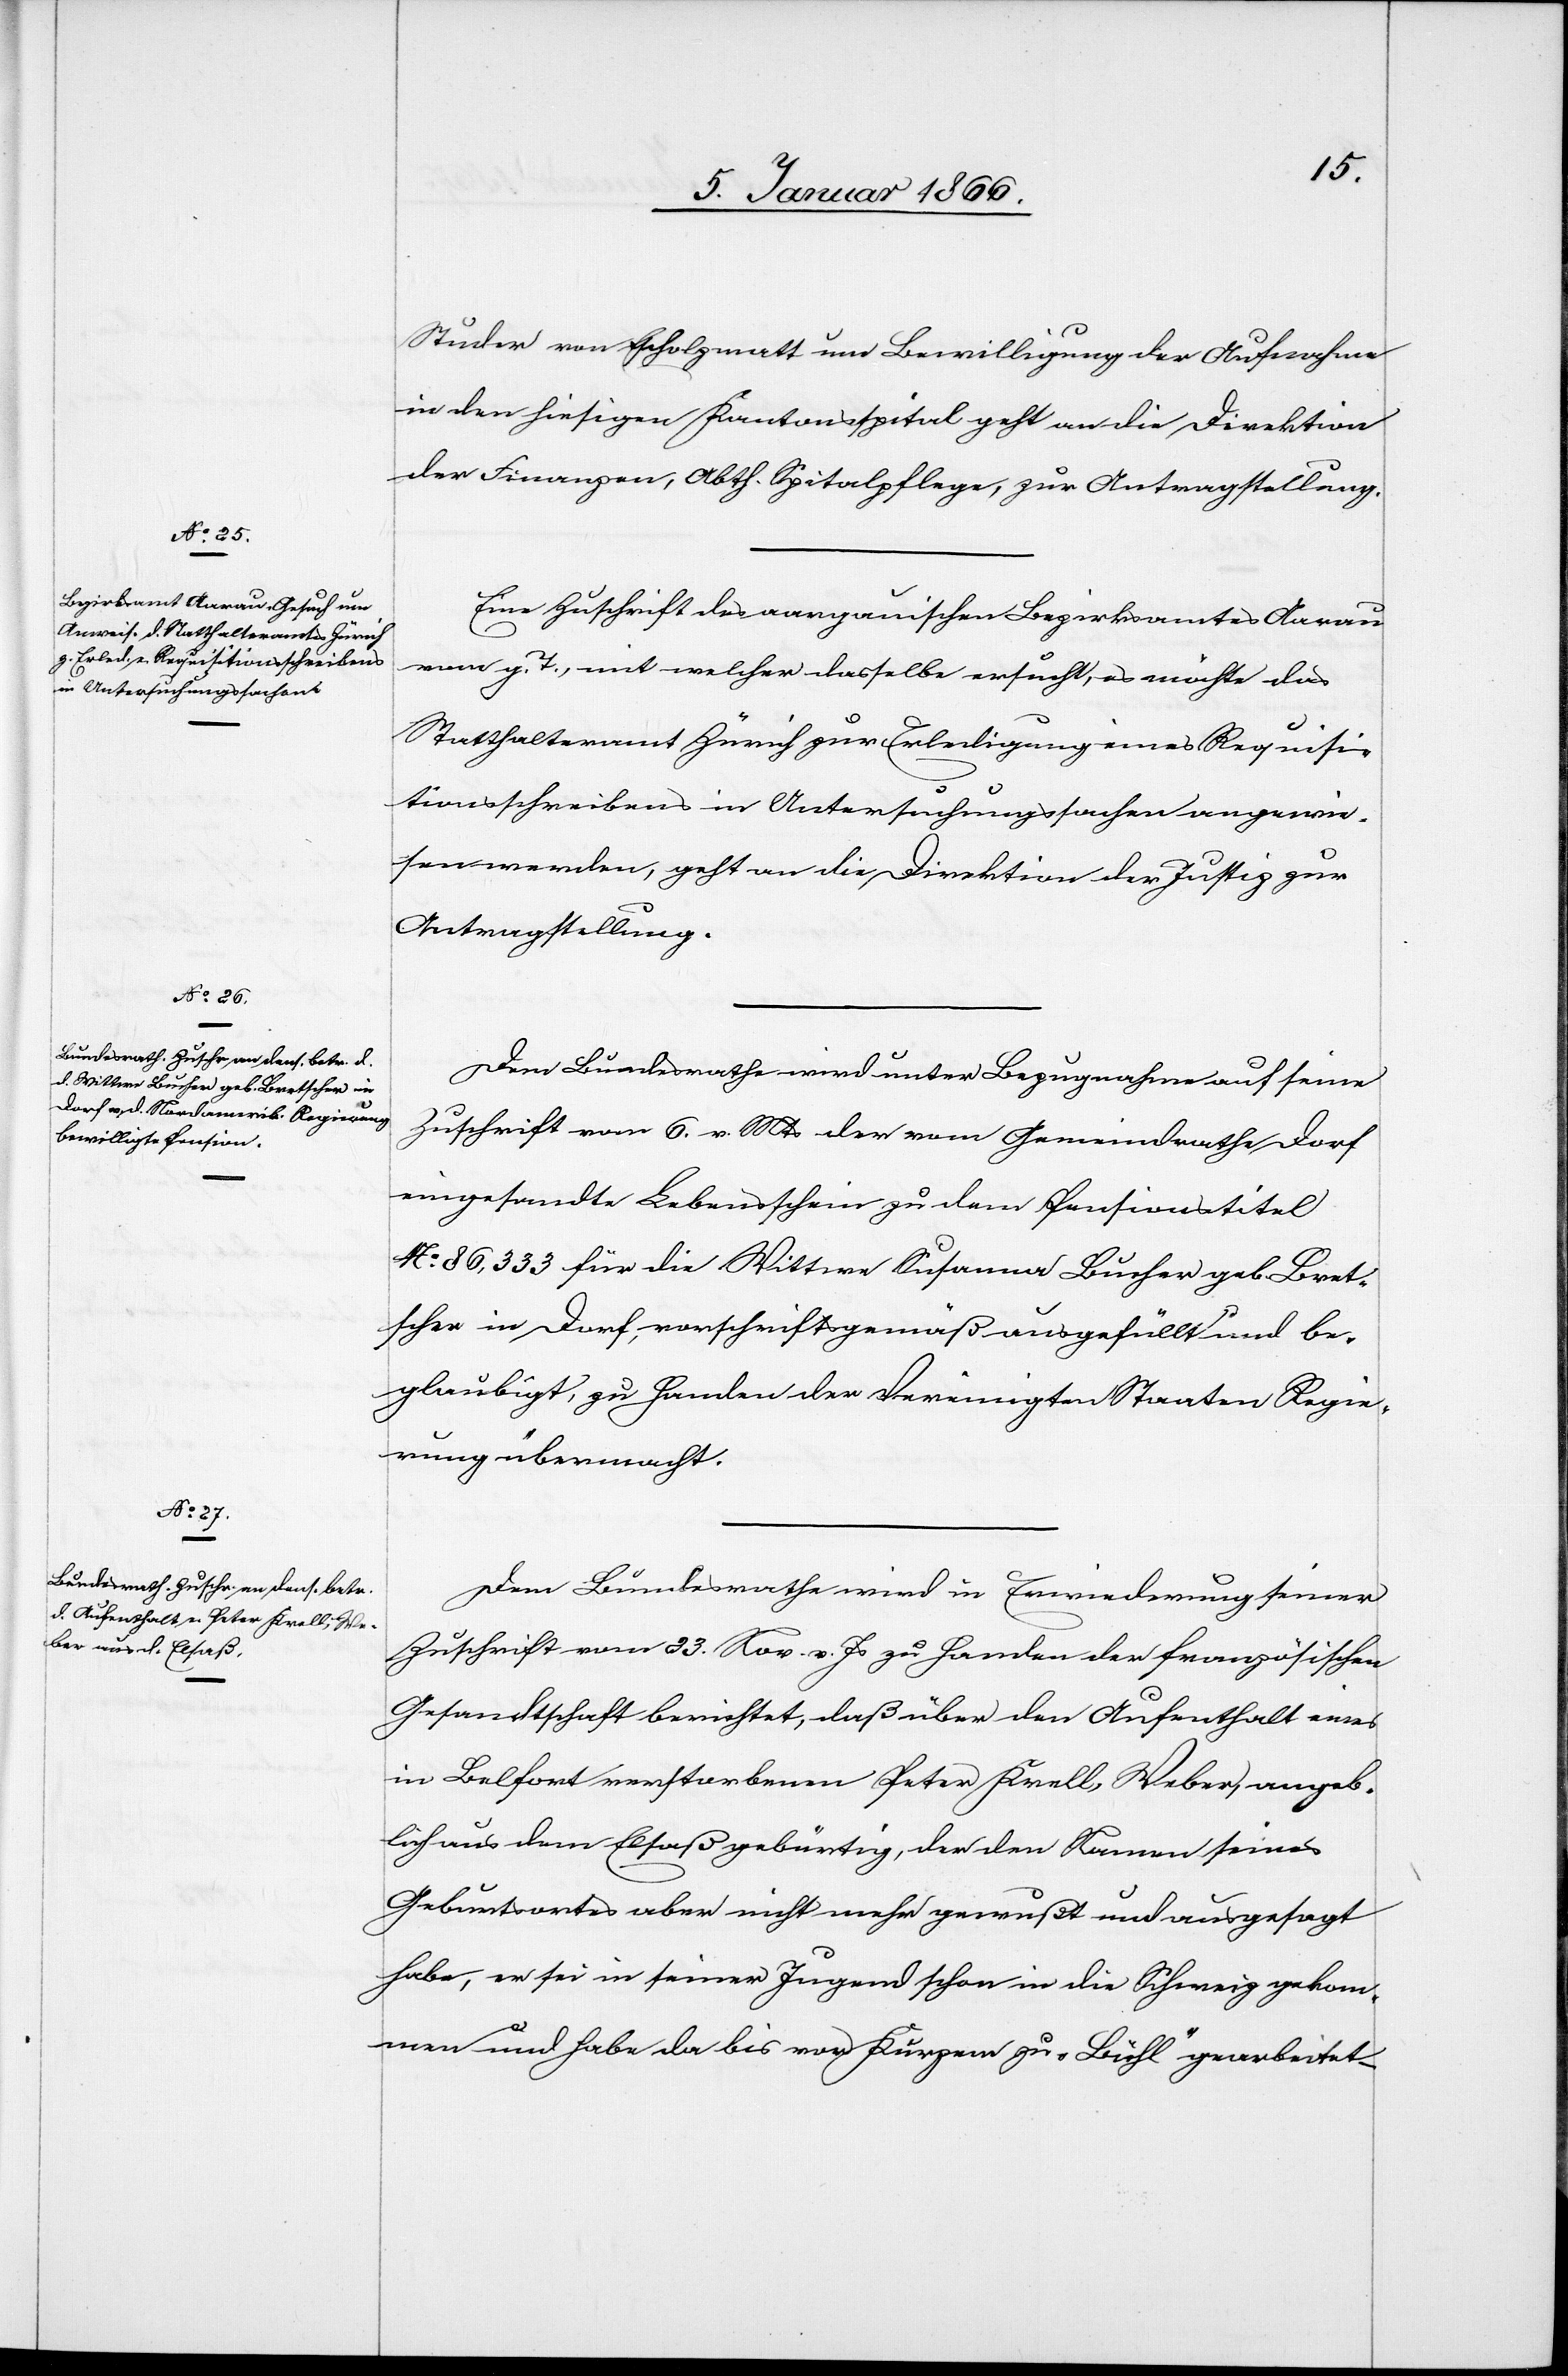
8. Januar 1867.]
Studer von Escholzmatt um Bewilligung der Aufnahme
in den hiesigen Kantonsspital geht an die Direktion
der Finanzen, Abth. Spitalpflege, zur Antragstellung.
Eine Zuschrift des aargauischen Bezirksamtes Aarau
vom g. T., mit welcher dasselbe ersucht, es möchte das
Stadthalteramt Zürich zur Erledigung eines Requisi¬
tionsschreibens in Untersuchungssachen angewie¬
sen werden, geht an die Direktion der Justiz zur
Antragstellung.
Dem Bundesrathe wird unter Bezugnahme auf seine
Zuschrift vom 6. v. Mts der vom Gemeinderath Dorf
eingesandte Lebensschein zu dem Pensionstitel
No 86,333 für die Wittwe Susanna Bucher geb. Bret¬
scher in Dorf, vorschriftsgemäß ausgefüllt und be¬
glaubigt, zu Handen der Vereinigten Staaten Regie¬
rung übermacht.
Dem Bundesrathe wird in Erwiederung seiner
Zuschrift vom 23. Nov. v. Js zu Handen der französischen
Gesandtschaft berichtet, daß über den Aufenthalt eines
in Belfort verstorbenen Peter Krell, Weber, angeb¬
lich aus dem Elsaß gebürtig, der den Namen seines
Geburtsortes aber nicht mehr gewußt und ausgesagt
habe, er sei in seiner Jugend schon in die Schweiz gekom¬
men und habe da bis vor Kurzem zu „Bühl“ gearbeitet,